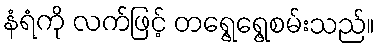
နံရံကို လက်ဖြင့် တရွေ့ရွေ့စမ်းသည်။